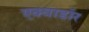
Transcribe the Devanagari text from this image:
एक्वाडॉर